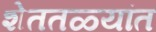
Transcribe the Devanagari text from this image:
शेततळ्यांत